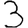
Digit: 3